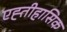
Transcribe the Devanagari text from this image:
एह्तीहासिक